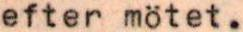
efter mötet.